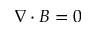
\nabla \cdot B = 0